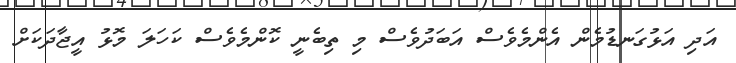
އަދި އަޅުގަނޑުމެން އެންމެވެސް އަބަދުވެސް މި ތިބެނީ ކޮންމެވެސް ކަހަލަ މޮޅު އީޖާދަކަށް